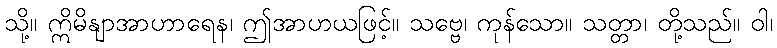
သို့။ ဣိမိနျာအာဟာရေန၊ ဤအာဟယဖြင့်။ သဗ္ဗေ၊ ကုန်သော။ သတ္တာ၊ တို့သည်။ ဝါ၊